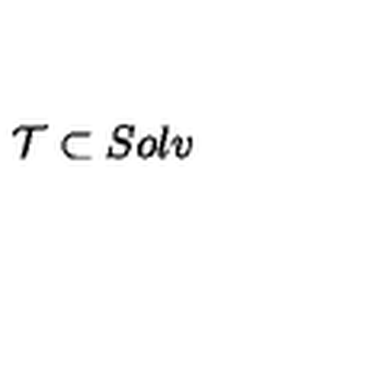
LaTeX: { \cal T } \subset S o l v